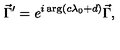
\vec { \Gamma } ^ { \prime } = e ^ { i \arg ( c \lambda _ { 0 } + d ) } \vec { \Gamma } ,